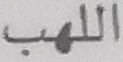
اللهب